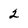
Character: 2